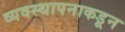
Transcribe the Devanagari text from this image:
व्यवस्थापनाकडून